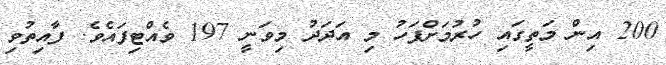
200 އިން މަތީގައި ހުރުމަށްފަހު މި އަދަދު މިވަނީ 197 ވެއްޓިފައެވެ. ފާއިތުވި